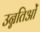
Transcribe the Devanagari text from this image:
उन्नतिओं